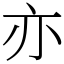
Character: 亦